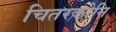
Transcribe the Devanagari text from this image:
चितरकोनि